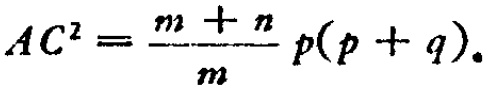
\[AC^{2}=\frac{m + n}{m}p(p + q).\]